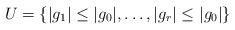
LaTeX: \begin{align*}U= \{|g_1|\le |g_0|, \ldots ,|g_r|\le |g_0|\}\end{align*}